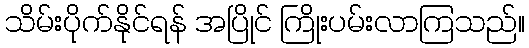
သိမ်းပိုက်နိုင်ရန် အပြိုင် ကြိုးပမ်းလာကြသည်။